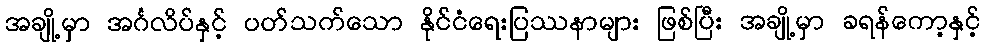
အချို့မှာ အင်္ဂလိပ်နှင့် ပတ်သက်သော နိုင်ငံရေးပြဿနာများ ဖြစ်ပြီး အချို့မှာ ခရန်ကော့နှင့်